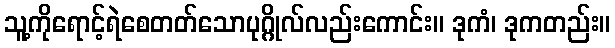
သူ့ကိုရောင့်ရဲစေတတ်သောပုဂ္ဂိုလ်လည်းကောင်း။ ဒုကံ၊ ဒုကတည်း။